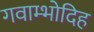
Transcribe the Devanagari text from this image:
गवाम्भोदिह